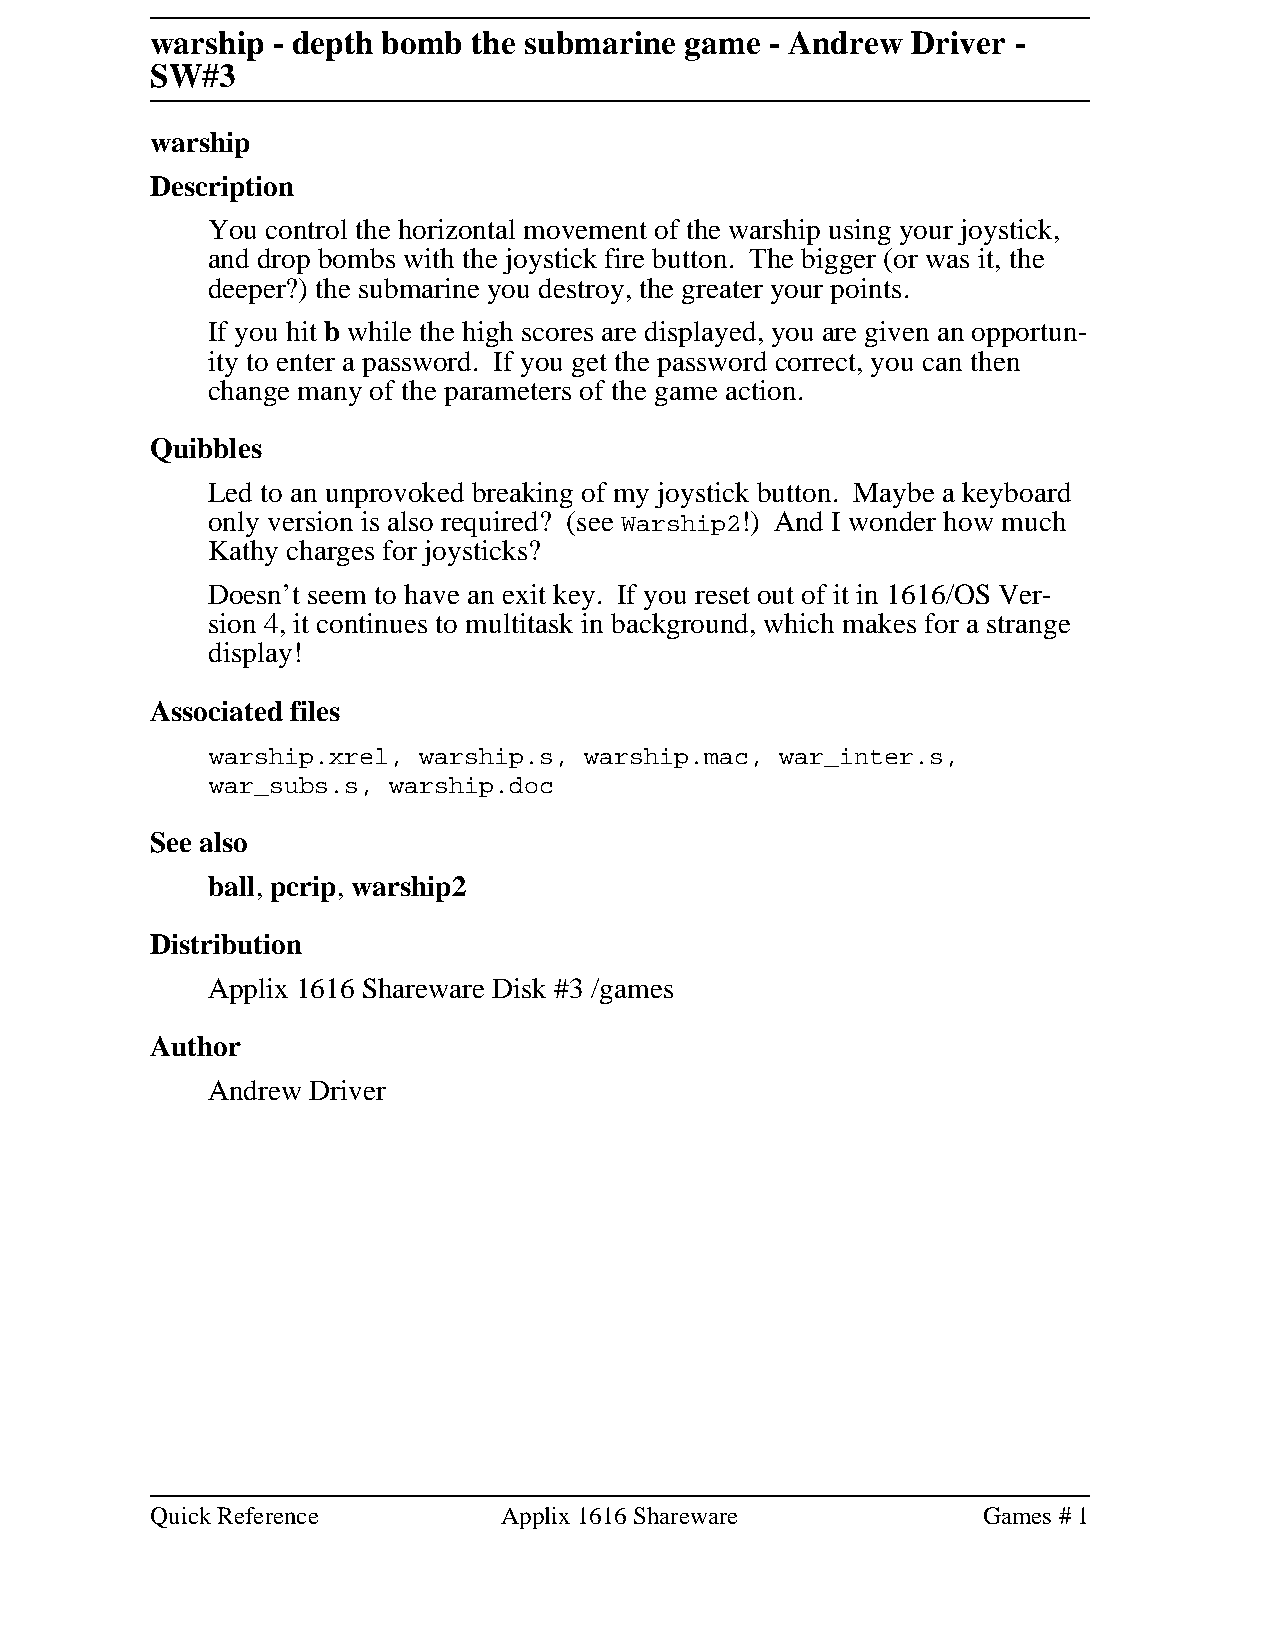
warship - depth bomb the submarine game  - Andrew Driver -
 SW#3
 warship
 Description
 You control the horizontal movement of the warship using your joystick,
 and drop bombs with the joystick fire button. The bigger (or was it, the
 deeper?) the submarine you destroy, the greater your points.
 If you hit b while the high scores are displayed, you are given an opportun-
 ity to enter a password. If you get the password correct, you can then
 change many of the parameters of the game action.
 Quibbles
 Led to an unprovoked breaking of my joystick button. Maybe a keyboard
 only version is also required? (see Warship2!) And I wonder how much
 Kathy charges for joysticks?
 Doesn’t seem to have an exit key. If you reset out of it in 1616/OS Ver-
 sion 4, it continues to multitask in background, which makes for a strange
 display!
 Associated files
 warship.xrel, warship.s, warship.mac, war_inter.s,
 war_subs.s, warship.doc
 See also
 ball, pcrip, warship2
 Distribution
 Applix 1616 Shareware Disk #3 /games
 Author
 Andrew Driver
 Quick Reference        Applix 1616 Shareware           Games # 1